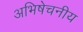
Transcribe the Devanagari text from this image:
अभिषेचनीय